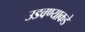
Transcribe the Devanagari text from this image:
उडवण्याकडे